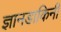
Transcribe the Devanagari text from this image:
ज्ञानडाकिनी